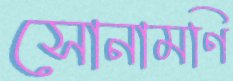
সোনামণি